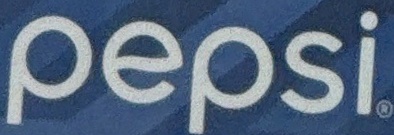
pepsi